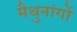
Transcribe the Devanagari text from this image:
मैथुनांगों